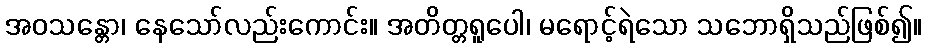
အဝသန္တော၊ နေသော်လည်းကောင်း။ အတိတ္တရူပေါ၊ မရောင့်ရဲသော သဘောရှိသည်ဖြစ်၍။